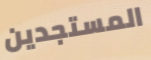
المستجدين